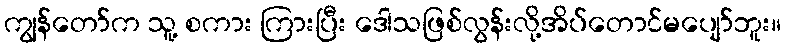
ကျွန်တော်က သူ့ စကား ကြားပြီး ဒေါသဖြစ်လွန်းလို့အိပ်တောင်မပျော်ဘူး။